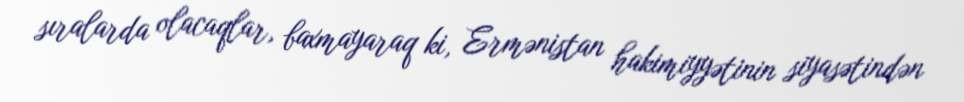
sıralarda olacaqlar, baxmayaraq ki, Ermənistan hakimiyyətinin siyasətindən